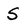
Character: S